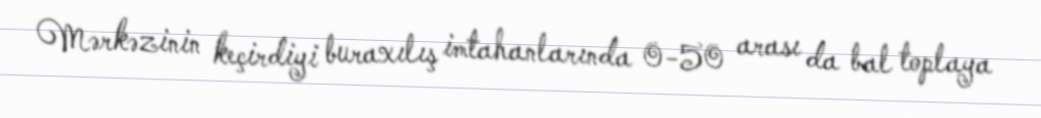
Mərkəzinin keçirdiyi buraxılış imtahanlarında 0-50 arası da bal toplaya